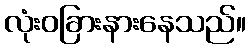
လုံးဝခြားနားနေသည်။